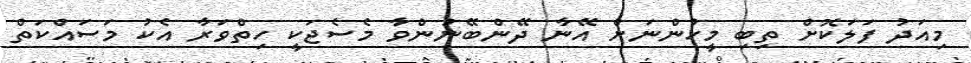
މިއަދު ފަލަކޮށް ތިބި މީހުންނަށް އޭނާ ދޭންބޭނުންވާ މެސެޖަކީ ހިތްވަރާ އެކު މަސައްކަތް